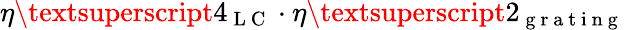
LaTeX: \eta\textsuperscript{4}_{\mathrm{~L~C~}}\cdot\eta\textsuperscript{2}_{\mathrm{~g~r~a~t~i~n~g~}}